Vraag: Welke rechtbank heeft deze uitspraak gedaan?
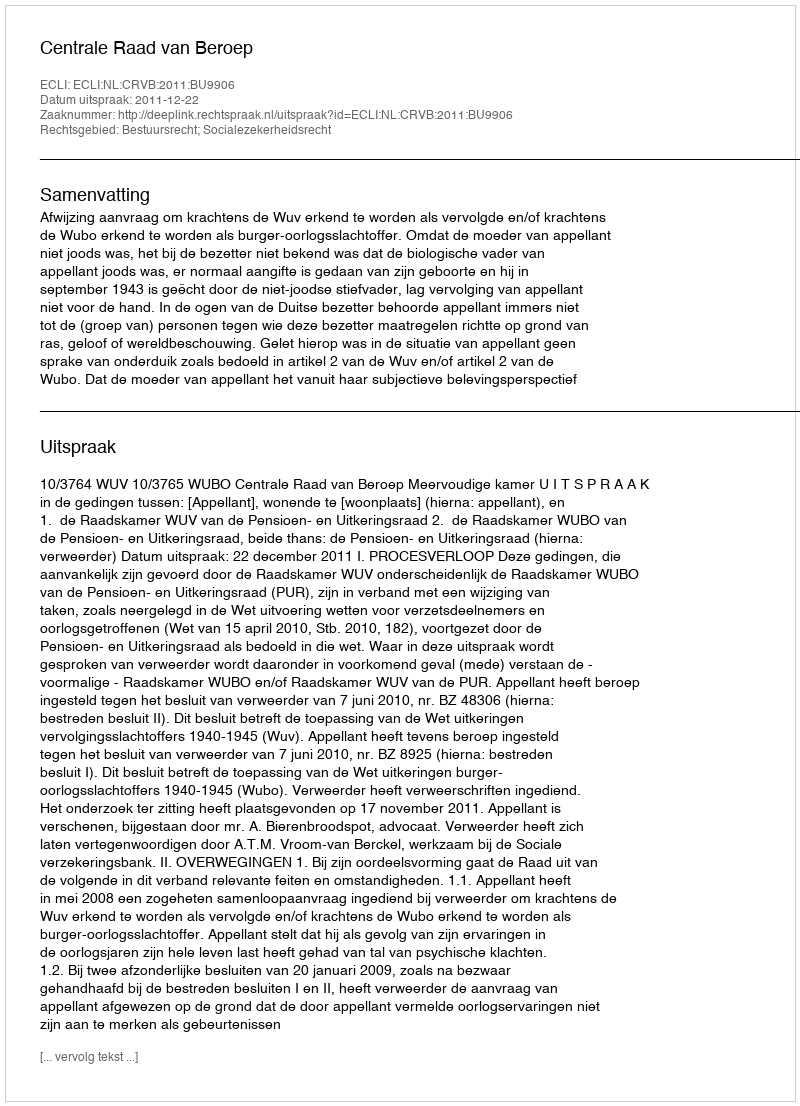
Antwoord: Centrale Raad van Beroep